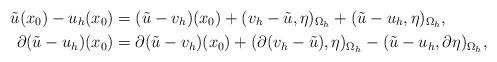
LaTeX: \begin{align*}\tilde u(x_0) - u_h(x_0) &= (\tilde u - v_h)(x_0) + (v_h - \tilde u, \eta)_{\Omega_h} + (\tilde u - u_h, \eta)_{\Omega_h}, \\\partial(\tilde u - u_h)(x_0) &= \partial(\tilde u - v_h)(x_0) + (\partial(v_h - \tilde u), \eta)_{\Omega_h} - (\tilde u - u_h, \partial\eta)_{\Omega_h},\end{align*}